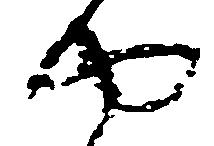
や